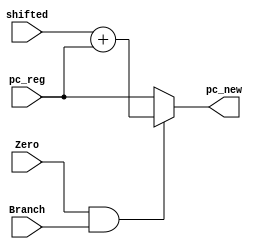
module mux_beq(pc_reg, shifted, Zero, Branch, pc_new);
    input [31:0] pc_reg, shifted;
    output [31:0] pc_new;
    input Zero,Branch;

    wire sel;

    assign sel=Zero&Branch;

    assign pc_new=(sel)? (shifted+pc_reg) : pc_reg;
endmodule